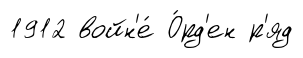
1912 войн'е́ О́рд'ен р'яд